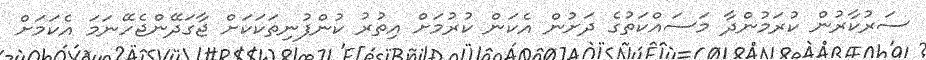
ސަރުކާރުން ކުރަމުންދާ މަސައްކަތުގެ ދަށުން އެކަން ކުރުމަށް އިތުރު ކުންފުނިތަކަކަށް ޖާގަދޭންޖެހޭނަމަ އެކަމަށް